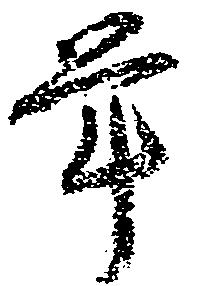
年